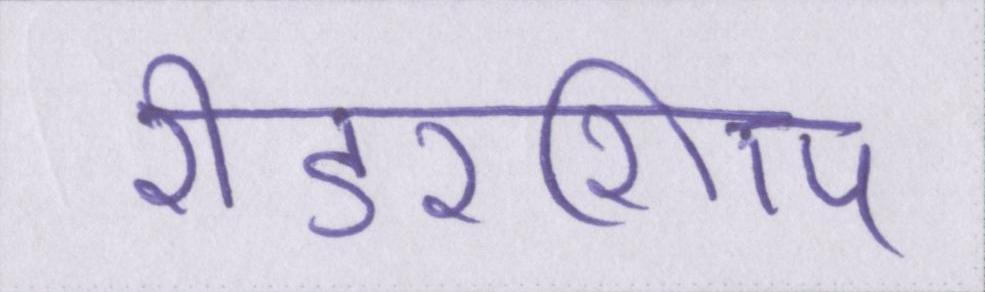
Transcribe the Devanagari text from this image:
रीडरशिप